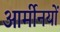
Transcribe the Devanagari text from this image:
आर्मीनयों